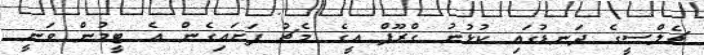
ޗެލްސީގެ ދަނޑުގައި ކުޅުނު ގްރޫޕް އީގެ މެޗު ފަށައިގެން އެ ޓީމުން ވަނީ